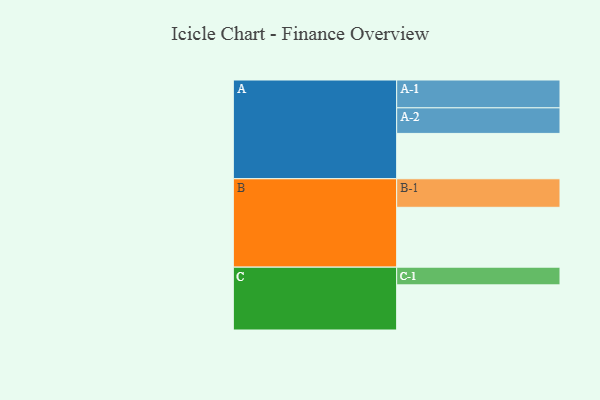
{"axis": {"x": "Segment", "y": "Value"}, "legend": ["", "A", "B", "C"], "data": [{"x": "A", "y": 443, "type": ""}, {"x": "B", "y": 585, "type": ""}, {"x": "C", "y": 441, "type": ""}, {"x": "A-1", "y": 272, "type": "A"}, {"x": "A-2", "y": 250, "type": "A"}, {"x": "B-1", "y": 279, "type": "B"}, {"x": "C-1", "y": 173, "type": "C"}]}